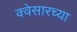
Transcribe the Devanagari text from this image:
क्वेसारच्या